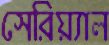
সেরিয়্যাল